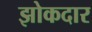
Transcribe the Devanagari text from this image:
झोकदार